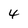
Character: 4